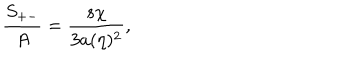
LaTeX: { \frac { S _ { + - } } { A } } = { \frac { s \chi } { 3 a ( \eta ) ^ { 2 } } } ,